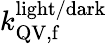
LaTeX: k_{\mathrm{QV,f}}^{\mathrm{light/dark}}